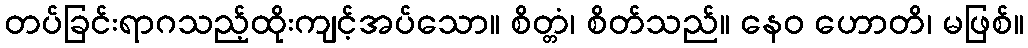
တပ်ခြင်းရာဂသည့်ထိုးကျင့်အပ်သော။ စိတ္တံ၊ စိတ်သည်။ နေဝ ဟောတိ၊ မဖြစ်။